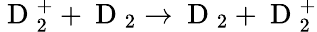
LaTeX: \mathrm{~D~}_{2}^{+}+\mathrm{~D~}_{2}\rightarrow\mathrm{~D~}_{2}+\mathrm{~D~}_{2}^{+}